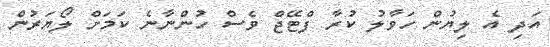
އަދި އެ ލިޔުން ހަވާލު ކުރާ ފްޓޭޖް ވެސް ހުންނާނެ ކަމަށް ލޯޔަރުން